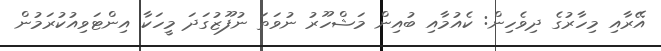
އޭރާއި މިހާރުގެ ދިވެހިން: ކެއުމާއި ބުއިން މަޝްހޫރު ނުވަތަ ނުފޫޒުގަދަ މީހަކާ އިންޓަވިއުކުރަމުން